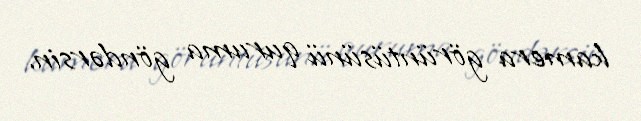
kamera görüntüsünü quruma göndərsin.